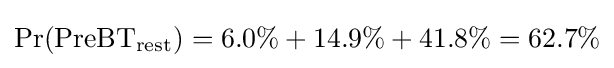
\Pr({\text{PreBT}}_{\text{rest}})=6.0\%+14.9\%+41.8\%=62.7\%